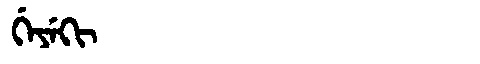
Manchu: ᡤᡝᠶᡝᡴᡳ
Romanization: GEYEKI